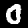
Label: 0